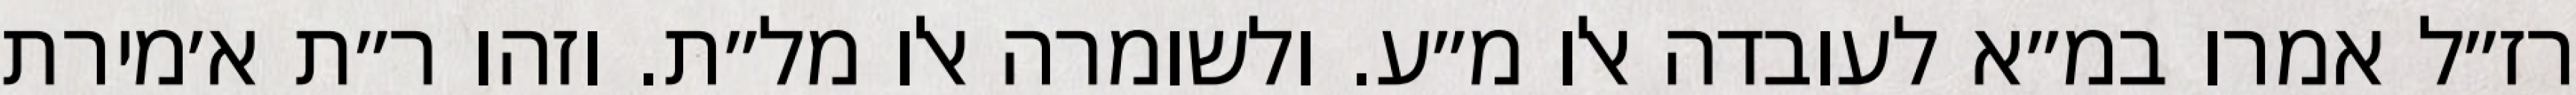
רז״ל אמרו במ״א לעובדה אלו מ״ע. ולשומרה אלו מל״ת. וזהו ר״ת א׳מירת